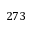
2 7 3